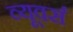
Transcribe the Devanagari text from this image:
व्यूवर्स